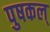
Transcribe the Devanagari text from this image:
पुषकल्